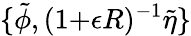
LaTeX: \{ \tilde{\phi},(1{+}\epsilon R)^{-1}\tilde{\eta}\}